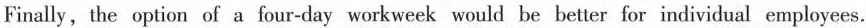
Finally,the option of a four-day workweek would be better for individual employees.